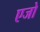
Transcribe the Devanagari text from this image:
एजो